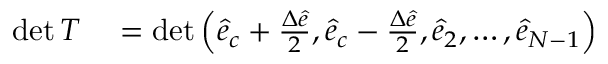
\begin{array} { r l } { \operatorname* { d e t } T } & { { } = \operatorname* { d e t } \Big ( \hat { e } _ { c } + \frac { \Delta \hat { e } } { 2 } , \hat { e } _ { c } - \frac { \Delta \hat { e } } { 2 } , \hat { e } _ { 2 } , \dots , \hat { e } _ { N - 1 } \Big ) } \end{array}